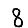
Digit: 8